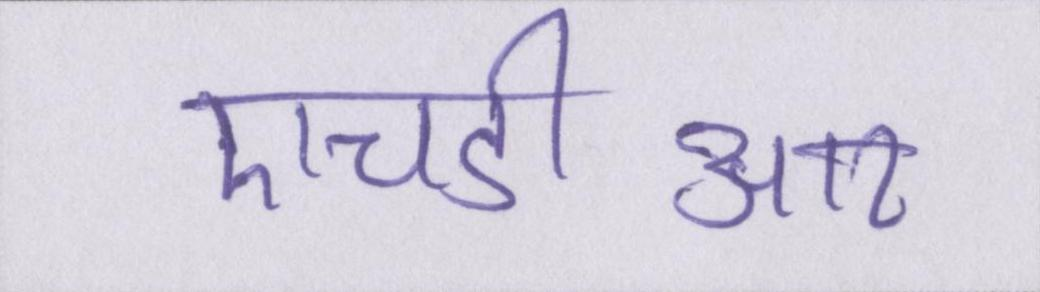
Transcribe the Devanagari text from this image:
एचडीआर